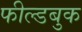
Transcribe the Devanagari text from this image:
फील्डबुक